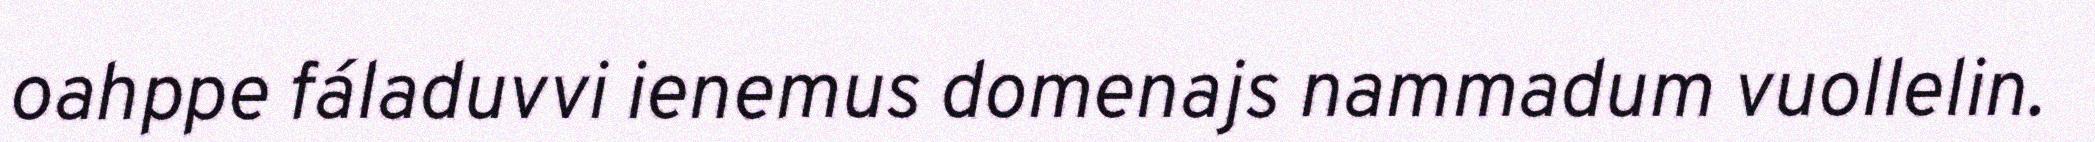
oahppe fáladuvvi ienemus domenajs nammadum vuollelin.